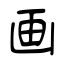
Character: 画